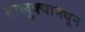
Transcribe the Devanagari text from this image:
तालुक्‍यामधून